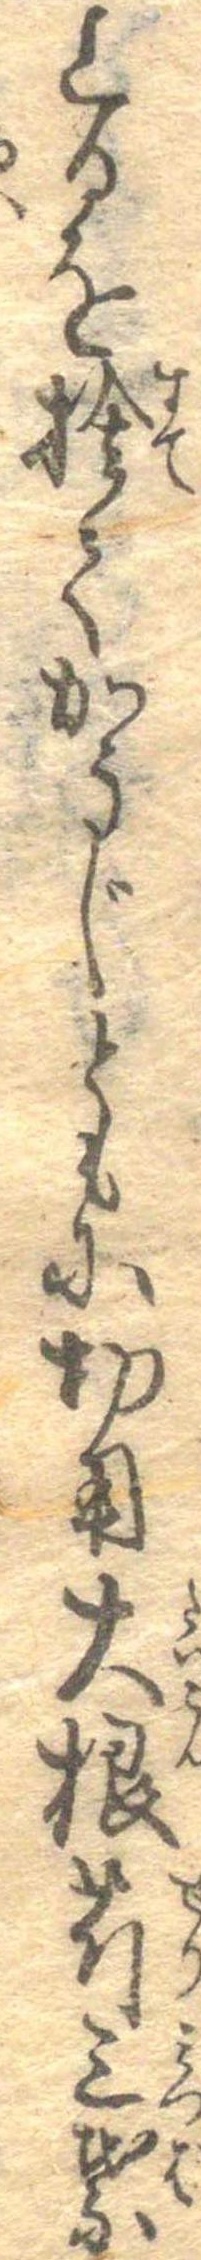
上るを捨てかうじともに切用大根芹三葉